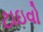
ટાઇવો